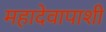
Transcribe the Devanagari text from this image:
महादेवापाशी